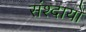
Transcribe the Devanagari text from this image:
संश्दायों